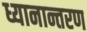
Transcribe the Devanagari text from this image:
ध्यानान्तरण